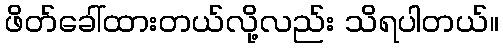
ဖိတ်ခေါ်ထားတယ်လို့လည်း သိရပါတယ်။